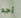
أحد